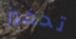
تحفيز